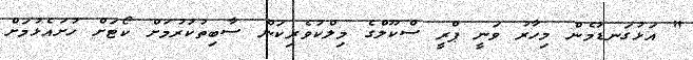
" އަޅުގަނޑުމެން މިހާރު ވަނީ ޕްރީ ސްކޫލްގެ މިލްކުވެރިކަން ސާބިތުކުރުމަށް ކޯޓަށް ހުށައެޅުމަށް